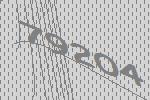
79204